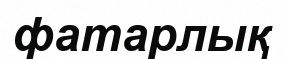
фатарлық